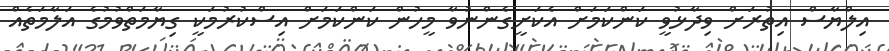
އިލްޔާސް އިތުރަށް ވިދާޅުވީ ކަންކަމަށް އެކަށީގެންނުވާ މީހުން ކަންކަމަށް އިސްކުރުމަކީ ގިޔާމަތްވުމުގެ އަލާމަތެއް